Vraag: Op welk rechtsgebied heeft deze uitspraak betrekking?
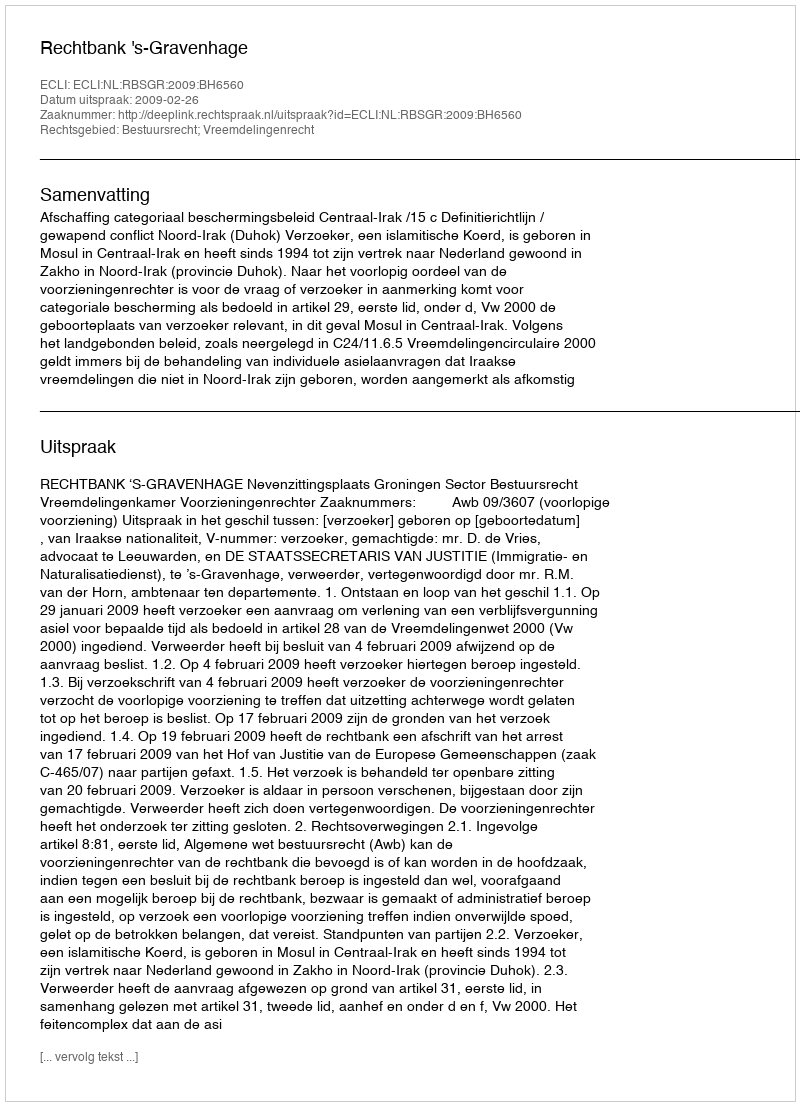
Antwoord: Bestuursrecht; Vreemdelingenrecht